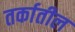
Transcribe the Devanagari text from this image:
तर्कातील